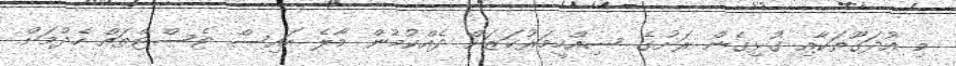
މި އުދަގޫތަކާއި ގުޅިގެން ރަށުގެ ސިއްހީމަރުކަޒަށް ދެއްކުމުން މާލެ އައިސް ޓެސްޓްތައް ހެދުމަށް